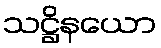
သဋ္ဌိနယော